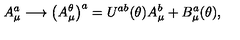
A _ { \mu } ^ { a } \longrightarrow \bigl ( A _ { \mu } ^ { \theta } \bigr ) ^ { a } = U ^ { a b } ( \theta ) A _ { \mu } ^ { b } + B _ { \mu } ^ { a } ( \theta ) ,